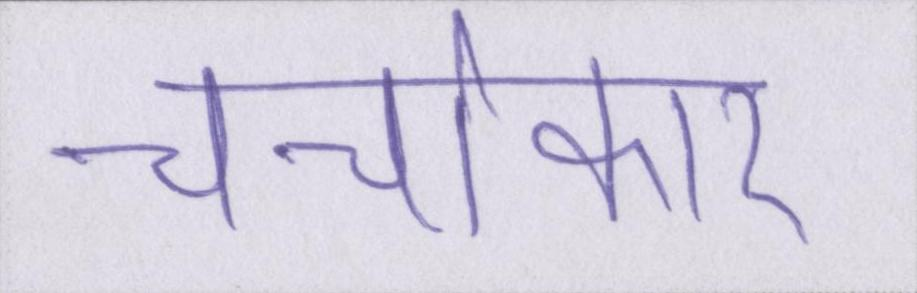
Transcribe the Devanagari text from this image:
चर्चाकार